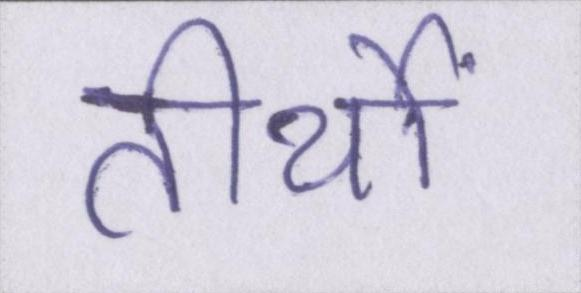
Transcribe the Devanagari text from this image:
तीर्थों